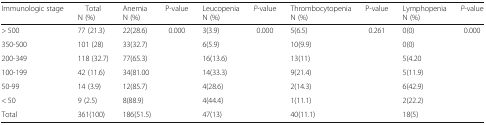
| Immunologic stage | TotalN (%) | AnemiaN (%) | P-value | LeucopeniaN (%) | P-value | ThrombocytopeniaN (%) | P-value | LymphopeniaN (%) | P-value |
 | --- | --- | --- | --- | --- | --- | --- | --- | --- | --- |
 | > 500 | 77 (21.3) | 22(28.6) | <ROWSPAN=7> 0.000 | 3(3.9) | <ROWSPAN=7> 0.000 | 5(6.5) | <ROWSPAN=7> 0.261 | 0(0) | <ROWSPAN=7> 0.000 |
 | 350-500 | 101 (28) | 33(32.7) | 6(5.9) | 10(9.9) | 0(0) |
 | 200-349 | 118 (32.7) | 77(65.3) | 16(13.6) | 13(11) | 5(4.20 |
 | 100-199 | 42 (11.6) | 34(81.00 | 14(33.3) | 9(21.4) | 5(11.9) |
 | 50-99 | 14 (3.9) | 12(85.7) | 4(28.6) | 2(14.3) | 6(42.9) |
 | < 50 | 9 (2.5) | 8(88.9) | 4(44.4) | 1(11.1) | 2(22.2) |
 | Total | 361(100) | 186(51.5) | 47(13) | 40(11.1) | 18(5) |